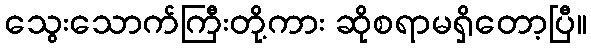
သွေးသောက်ကြီးတို့ကား ဆိုစရာမရှိတော့ပြီ။